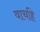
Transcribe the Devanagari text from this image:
वाचहि